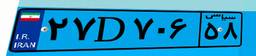
۲۷D۷۰۶۵۸